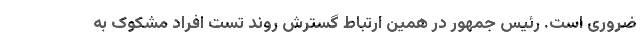
ضروری است. رئیس جمهور در همین ارتباط گسترش روند تست افراد مشکوک به